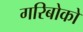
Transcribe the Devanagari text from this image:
गरिबोको